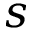
s